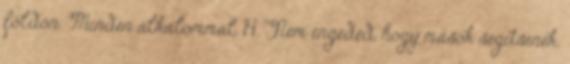
földön. Minden alkalommal. 14. Nem engeded, hogy mások segítsenek.